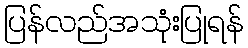
ပြန်လည်အသုံးပြုရန်